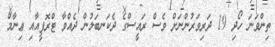
ތިންވަނަ ހޯދި 19 ދަރިވަރުންނަށް ވެސް ރައީސްގެ ދެކަނބަލުން ދެއްވާ ޓްރޮފީއާއި ޢިނާމް